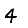
Digit: 4